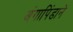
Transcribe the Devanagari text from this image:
अंगापिंडाने